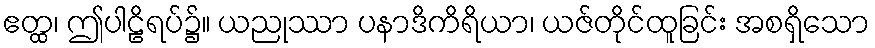
ဧတ္ထ၊ ဤပါဠိရပ်၌။ ယညုဿာ ပနာဒိကိရိယာ၊ ယဇ်တိုင်ထူခြင်း အစရှိသော